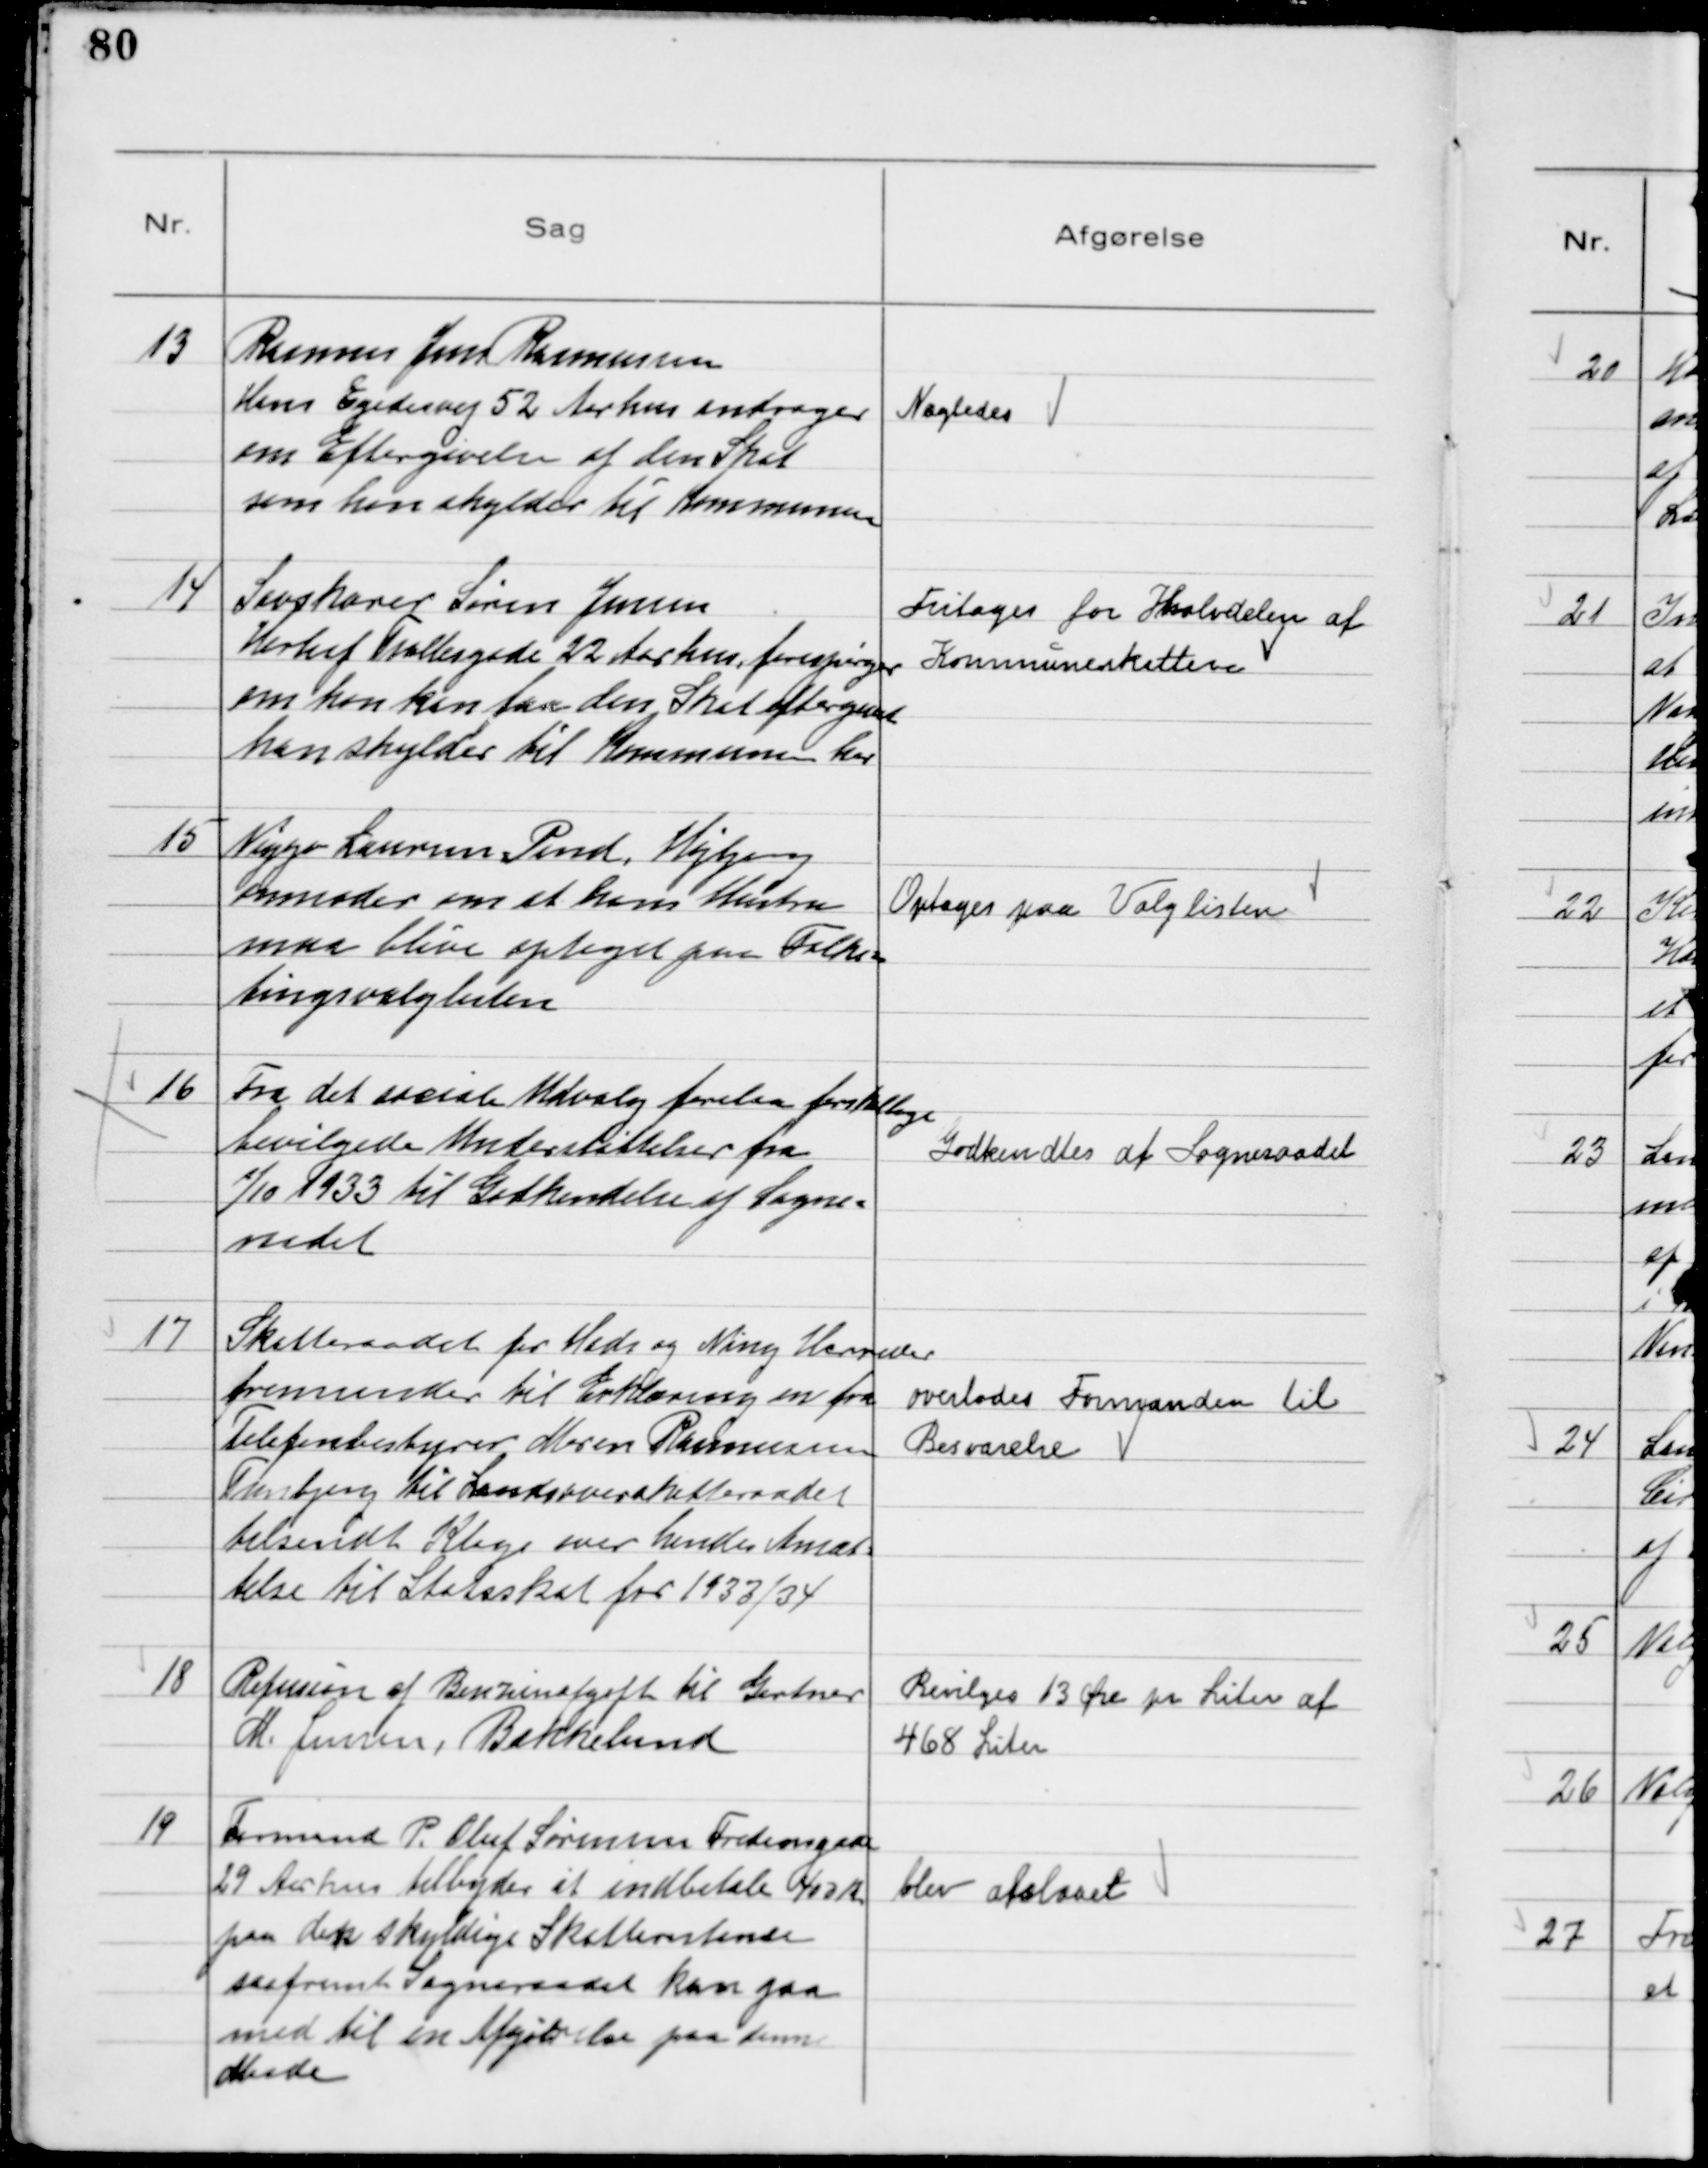
Transskription:
13
Rasmus Jens Rasmussen
Hans Egedesvej 52 Aarhus andrager
om Eftergivelse af den Skat
som han skylder til Kommunen

Nægtedes

14
Savskærer Søren Jensen
Herluf Trollesgade 22 Aarhus, forespørger
om han kan faa den Skat eftergivet
han skylder til Kommunen her

Fritages for Halvdelen af
Kommuneskatten

15
Viggo Laursen Pind, Højbjerg
anmoder om at hans Hustru
maa blive optaget paa Folke-
tingsvalglisten

Optages paa Valglisten

16
Fra det sociale Udvalg forelaa forskellige
bevilgede Understøttelser fra
1/10 1933 til Godkendelse af Sogne-
raadet

Godkendtes af Sogneraadet

17
Skatteraadet for Hads og Ning Herreder
fremsender til Erklæring en fra
Telefonbestyrer Maren Rasmussen
Tranbjerg til Landsoverskatteraadet
tilsendt Klage over hendes Ansæt
telse til Statsskat for 1933/34

overlodes Formanden til
Besvarelse

18
Refusion af Benzinafgift til Gartner
M. Jensen, Bækkelund

Bevilges 13 Øre pr Liter af
468 Liter

19
Formand P. Oluf Sørensen Fredensgade
29 Aarhus tilbyder at indbetale 400 Kr
paa den skyldige Skatterestance
saafremt Sogneraadet kan gaa
med til en Afgørelse paa den
Maade

blev afslaaet